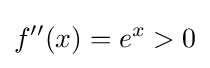
f''(x)=e^{x}>0